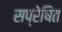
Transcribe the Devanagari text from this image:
सप्रेषित